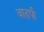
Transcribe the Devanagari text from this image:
वाढपी